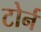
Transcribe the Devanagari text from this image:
टोर्न